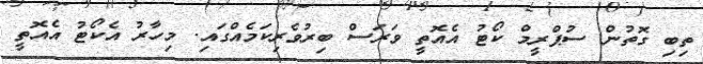
ތިބި ގޮތުން ސުޕްރީމް ކޯޓު އެއޮތީ ވަރަސް ބިރުވެރިކަމެއްގައި. މިހާރު އެކޯޓު އެއޮތީ